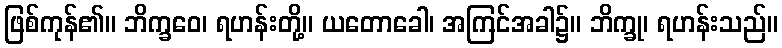
ဖြစ်ကုန်၏။ ဘိက္ခဝေ၊ ရဟန်းတို့။ ယတောခေါ၊ အကြင်အခါ၌။ ဘိက္ခု၊ ရဟန်းသည်။